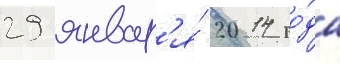
29 январ'я́ 2014 го́да